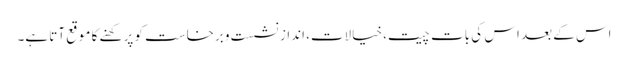
اس کے بعد اس کی بات چیت، خیالات، انداز نشست و برخاست کو پرکھنے کا موقع آتا ہے۔